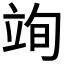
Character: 𮄮